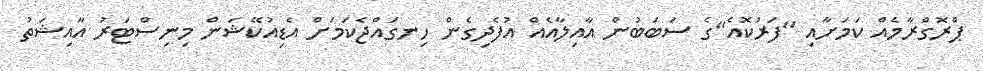
ޕްރޮގްރާމެއް ކަމަށާއި "ފަރުކޮއެ"ގެ ސަބަބުން އާއިލާއެއް އުފެދިގެން ހިނގައްޖެކަމަށް އެޑިއުކޭޝަން މިނިސްޓަރު އާއިޝަތު